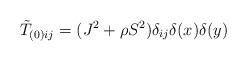
LaTeX: \begin{align*}\tilde T_{(0) ij} = (J^2 +\rho S^2) \delta_{ij}\delta(x)\delta(y)\end{align*}